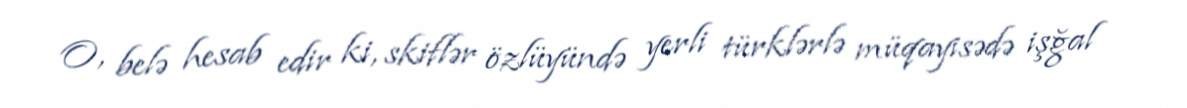
O, belə hesab edir ki, skiflər özlüyündə yerli türklərlə müqayisədə işğal